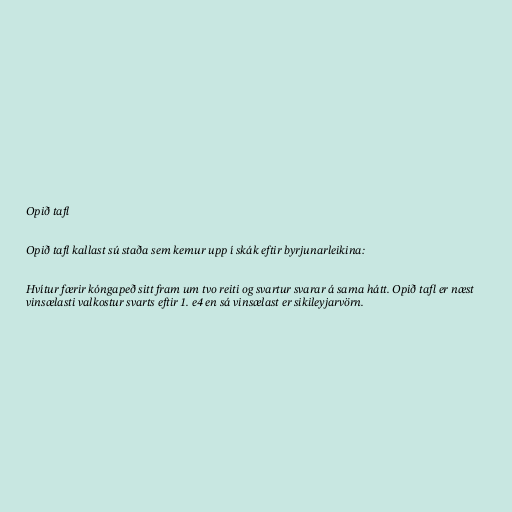
Opið tafl

Opið tafl kallast sú staða sem kemur upp í skák eftir byrjunarleikina:

Hvítur færir kóngapeð sitt fram um tvo reiti og svartur svarar á sama hátt. Opið tafl er næst
vinsælasti valkostur svarts eftir 1. e4 en sá vinsælast er sikileyjarvörn.